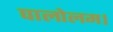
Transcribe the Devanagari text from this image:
पालोलम।